Leaving Certificate Examination (including Day School Certificate (Higher) General paper), 1927
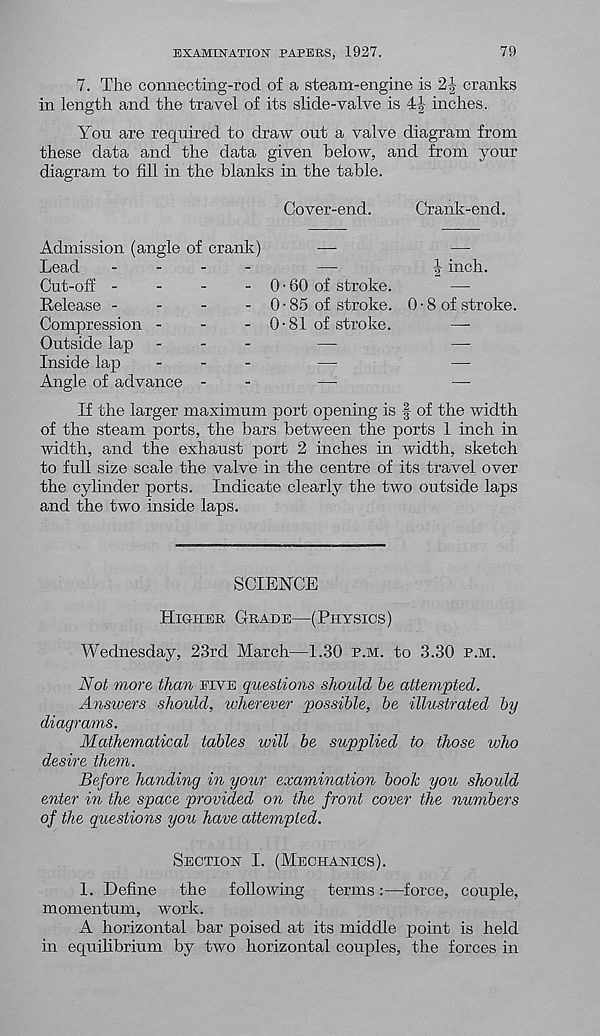
EXAMINATION" PAPERS, 1927.
79
7. The connecting-rod of a steam-engine is 2J cranks
in length and the travel of its slide-valve is
inches.
You are required to draw out a valve diagram from
these data and the data given below, and from your
diagram to fill in the blanks in the table.
Cover-end.
Admission (angle of crank)
—
Lead
-
-
-
-
—
Cut-off -
-
-
- 0 • 60 of stroke.
Release -
-
-
- 0 • 85 of stroke.
Compression -
-
- 0-81 of stroke.
Outside lap -
-
-
—
Inside lap
-
-
-
—
Angle of advance -
-
—
If the larger maximum port opening is | of the width
of the steam ports, the bars between the ports 1 inch in
width, and the exhaust port 2 inches in width, sketch
to full size scale the valve in the centre of its travel over
the cylinder ports. Indicate clearly the two outside laps
and the two inside laps.
Crank-end.
I inch.
0 ■ 8 of stroke.
SCIENCE
Higher Grade—(Physics)
Wednesday, 23rd March—1.30 p.m. to 3.30 p.m.
Not more than eive questions should he attempted.
Answers should, wherever possible, be illustrated by
diagrams.
Mathematical tables will be supplied to those who
desire them.
Before handing in your examination booh you should
enter in the space provided on the front cover the numbers
of the questions you have attempted.
Section I. (Mechanics).
1. Define the following terms :—force, couple,
momentum, work.
A horizontal bar poised at its middle point is held
in equilibrium by two horizontal couples, the forces in